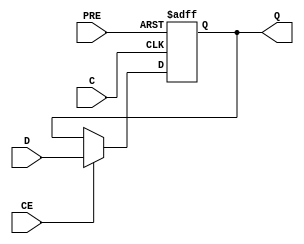
module FDPE_5 (output reg Q, input C, CE, D, PRE);
  parameter [0:0] INIT = 1'b0;
  parameter [0:0] IS_C_INVERTED = 1'b0;
  parameter [0:0] IS_D_INVERTED = 1'b0;
  parameter [0:0] IS_PRE_INVERTED = 1'b0;
  initial Q <= INIT;
  generate case ({|IS_C_INVERTED, |IS_PRE_INVERTED})
    2'b00: always @(posedge C, posedge PRE) if ( PRE) Q <= 1'b1; else if (CE) Q <= D ^ IS_D_INVERTED;
    2'b01: always @(posedge C, negedge PRE) if (!PRE) Q <= 1'b1; else if (CE) Q <= D ^ IS_D_INVERTED;
    2'b10: always @(negedge C, posedge PRE) if ( PRE) Q <= 1'b1; else if (CE) Q <= D ^ IS_D_INVERTED;
    2'b11: always @(negedge C, negedge PRE) if (!PRE) Q <= 1'b1; else if (CE) Q <= D ^ IS_D_INVERTED;
  endcase endgenerate
endmodule